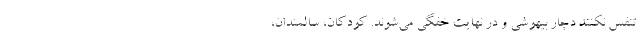
تنفس نکنند دچار بیهوشی و در نهایت خفگی می‌شوند. کودکان، سالمندان،